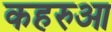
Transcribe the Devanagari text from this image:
कहरुआ